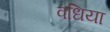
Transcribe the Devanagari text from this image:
वधिया